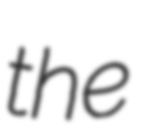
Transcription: the